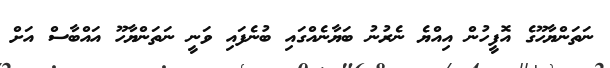
ނަތަންޔާހޫގެ އޮފީހުން އިއްޔެ ނެރުނު ބަޔާނެއްގައި ބުނެފައި ވަނީ ނަތަންޔާހޫ އައްބާސް އަށް